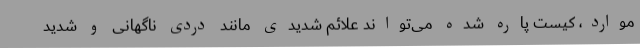
موارد، کیست پاره شده می‌تواند علائم شدیدی مانند دردی ناگهانی و شدید